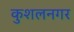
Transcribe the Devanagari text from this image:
कुशलनगर